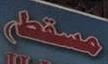
مسقط